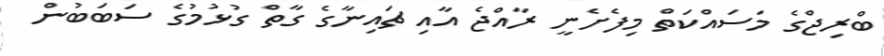
ބްރިޖްގެ މަސައްކަތް މިފެށެނީ ރާއްޖެ އާއި ޗައިނާގެ ގާތް ގުޅުމުގެ ސަބަބުން